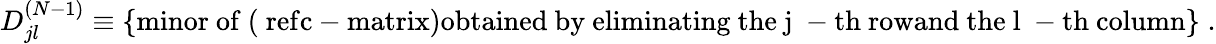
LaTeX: D_{jl}^{(N-1)}\equiv\left\{ \mathrm{minor~of~(\ ref{c-matrix})obtained~by~eliminating~the~j~-th~rowand~the~l~-th~column}\right\} \; .